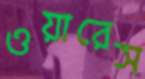
ওয়ারেস